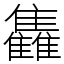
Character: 雥